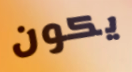
يكون